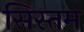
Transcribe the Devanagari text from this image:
सिस्तम